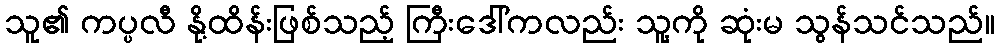
သူ၏ ကပ္ပလီ နို့ထိန်းဖြစ်သည့် ကြီးဒေါ်ကလည်း သူ့ကို ဆုံးမ သွန်သင်သည်။